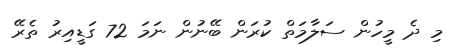
މި ދެ މީހުން ސަލާމަތް ކުރަން ބޭނުން ނަމަ 72 ގަޑީއިރު ތެރޭ